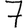
Digit: 7